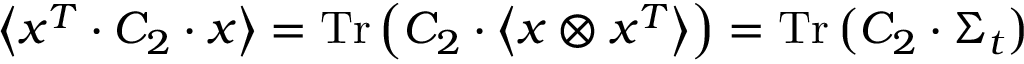
\left\langle x ^ { T } \cdot C _ { 2 } \cdot x \right\rangle = \operatorname { T r } \left( C _ { 2 } \cdot \left\langle x \otimes x ^ { T } \right\rangle \right) = \operatorname { T r } \left( C _ { 2 } \cdot \Sigma _ { t } \right)